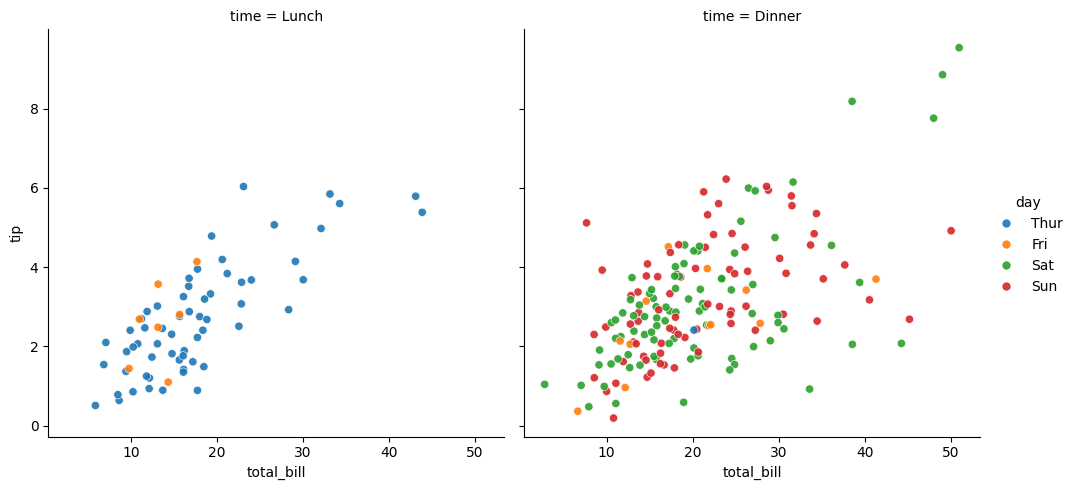
python, seaborn, relplot, alpha=0.9